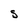
Character: s